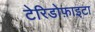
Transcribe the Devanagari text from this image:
टेरिडोफ़ाइटा